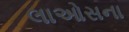
લાઓસના